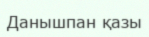
Данышпан қазы